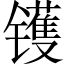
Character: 镬